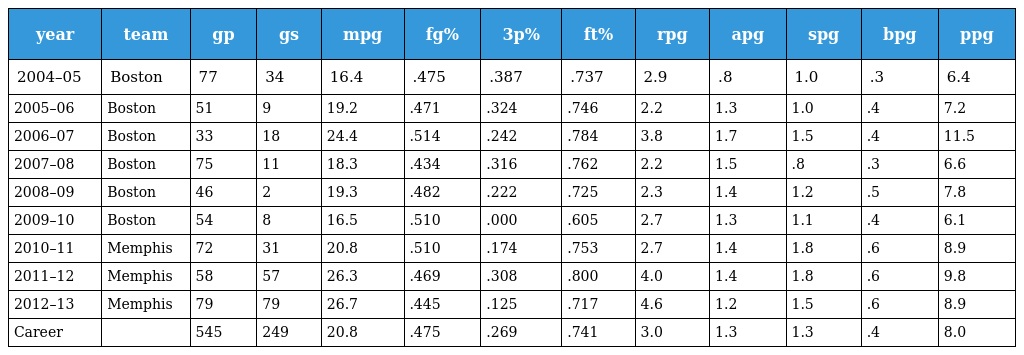
| year | team | gp | gs | mpg | fg% | 3p% | ft% | rpg | apg | spg | bpg | ppg |
 | --- | --- | --- | --- | --- | --- | --- | --- | --- | --- | --- | --- | --- |
 | 2004–05 | Boston | 77 | 34 | 16.4 | .475 | .387 | .737 | 2.9 | .8 | 1.0 | .3 | 6.4 |
 | 2005–06 | Boston | 51 | 9 | 19.2 | .471 | .324 | .746 | 2.2 | 1.3 | 1.0 | .4 | 7.2 |
 | 2006–07 | Boston | 33 | 18 | 24.4 | .514 | .242 | .784 | 3.8 | 1.7 | 1.5 | .4 | 11.5 |
 | 2007–08 | Boston | 75 | 11 | 18.3 | .434 | .316 | .762 | 2.2 | 1.5 | .8 | .3 | 6.6 |
 | 2008–09 | Boston | 46 | 2 | 19.3 | .482 | .222 | .725 | 2.3 | 1.4 | 1.2 | .5 | 7.8 |
 | 2009–10 | Boston | 54 | 8 | 16.5 | .510 | .000 | .605 | 2.7 | 1.3 | 1.1 | .4 | 6.1 |
 | 2010–11 | Memphis | 72 | 31 | 20.8 | .510 | .174 | .753 | 2.7 | 1.4 | 1.8 | .6 | 8.9 |
 | 2011–12 | Memphis | 58 | 57 | 26.3 | .469 | .308 | .800 | 4.0 | 1.4 | 1.8 | .6 | 9.8 |
 | 2012–13 | Memphis | 79 | 79 | 26.7 | .445 | .125 | .717 | 4.6 | 1.2 | 1.5 | .6 | 8.9 |
 | Career |  | 545 | 249 | 20.8 | .475 | .269 | .741 | 3.0 | 1.3 | 1.3 | .4 | 8.0 |